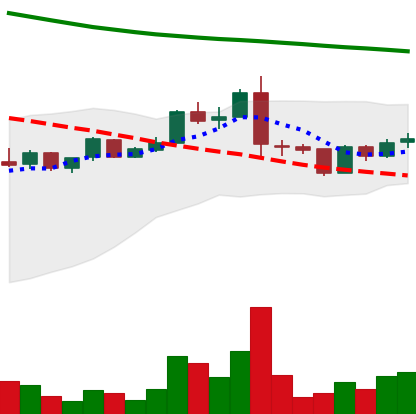
Ticker: ADA-USD
Chart end date: 2019-01-17
Forward return: -3.839%
Label: down_3_5